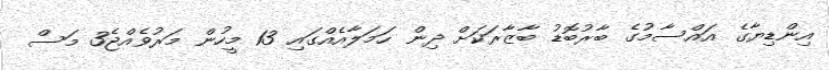
އިންޑިޔާގެ އައްސާމުގެ ބާރުބޮޑު ބާޒާރަކަށް ދިން ހަމަލާއެއްގައި 13 މީހުން މަރުވެއްޖެ3 މަސް